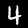
Label: 4